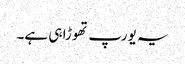
یہ یورپ تھوڑا ہی ہے۔